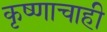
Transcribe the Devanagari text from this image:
कृष्णाचाही